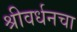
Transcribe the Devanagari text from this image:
श्रीवर्धनचा